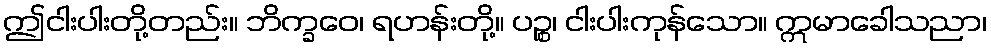
ဤငါးပါးတို့တည်း။ ဘိက္ခဝေ၊ ရဟန်းတို့။ ပဉ္စ၊ ငါးပါးကုန်သော။ ဣမာခေါသညာ၊